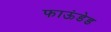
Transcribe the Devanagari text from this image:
फाऊंडेड